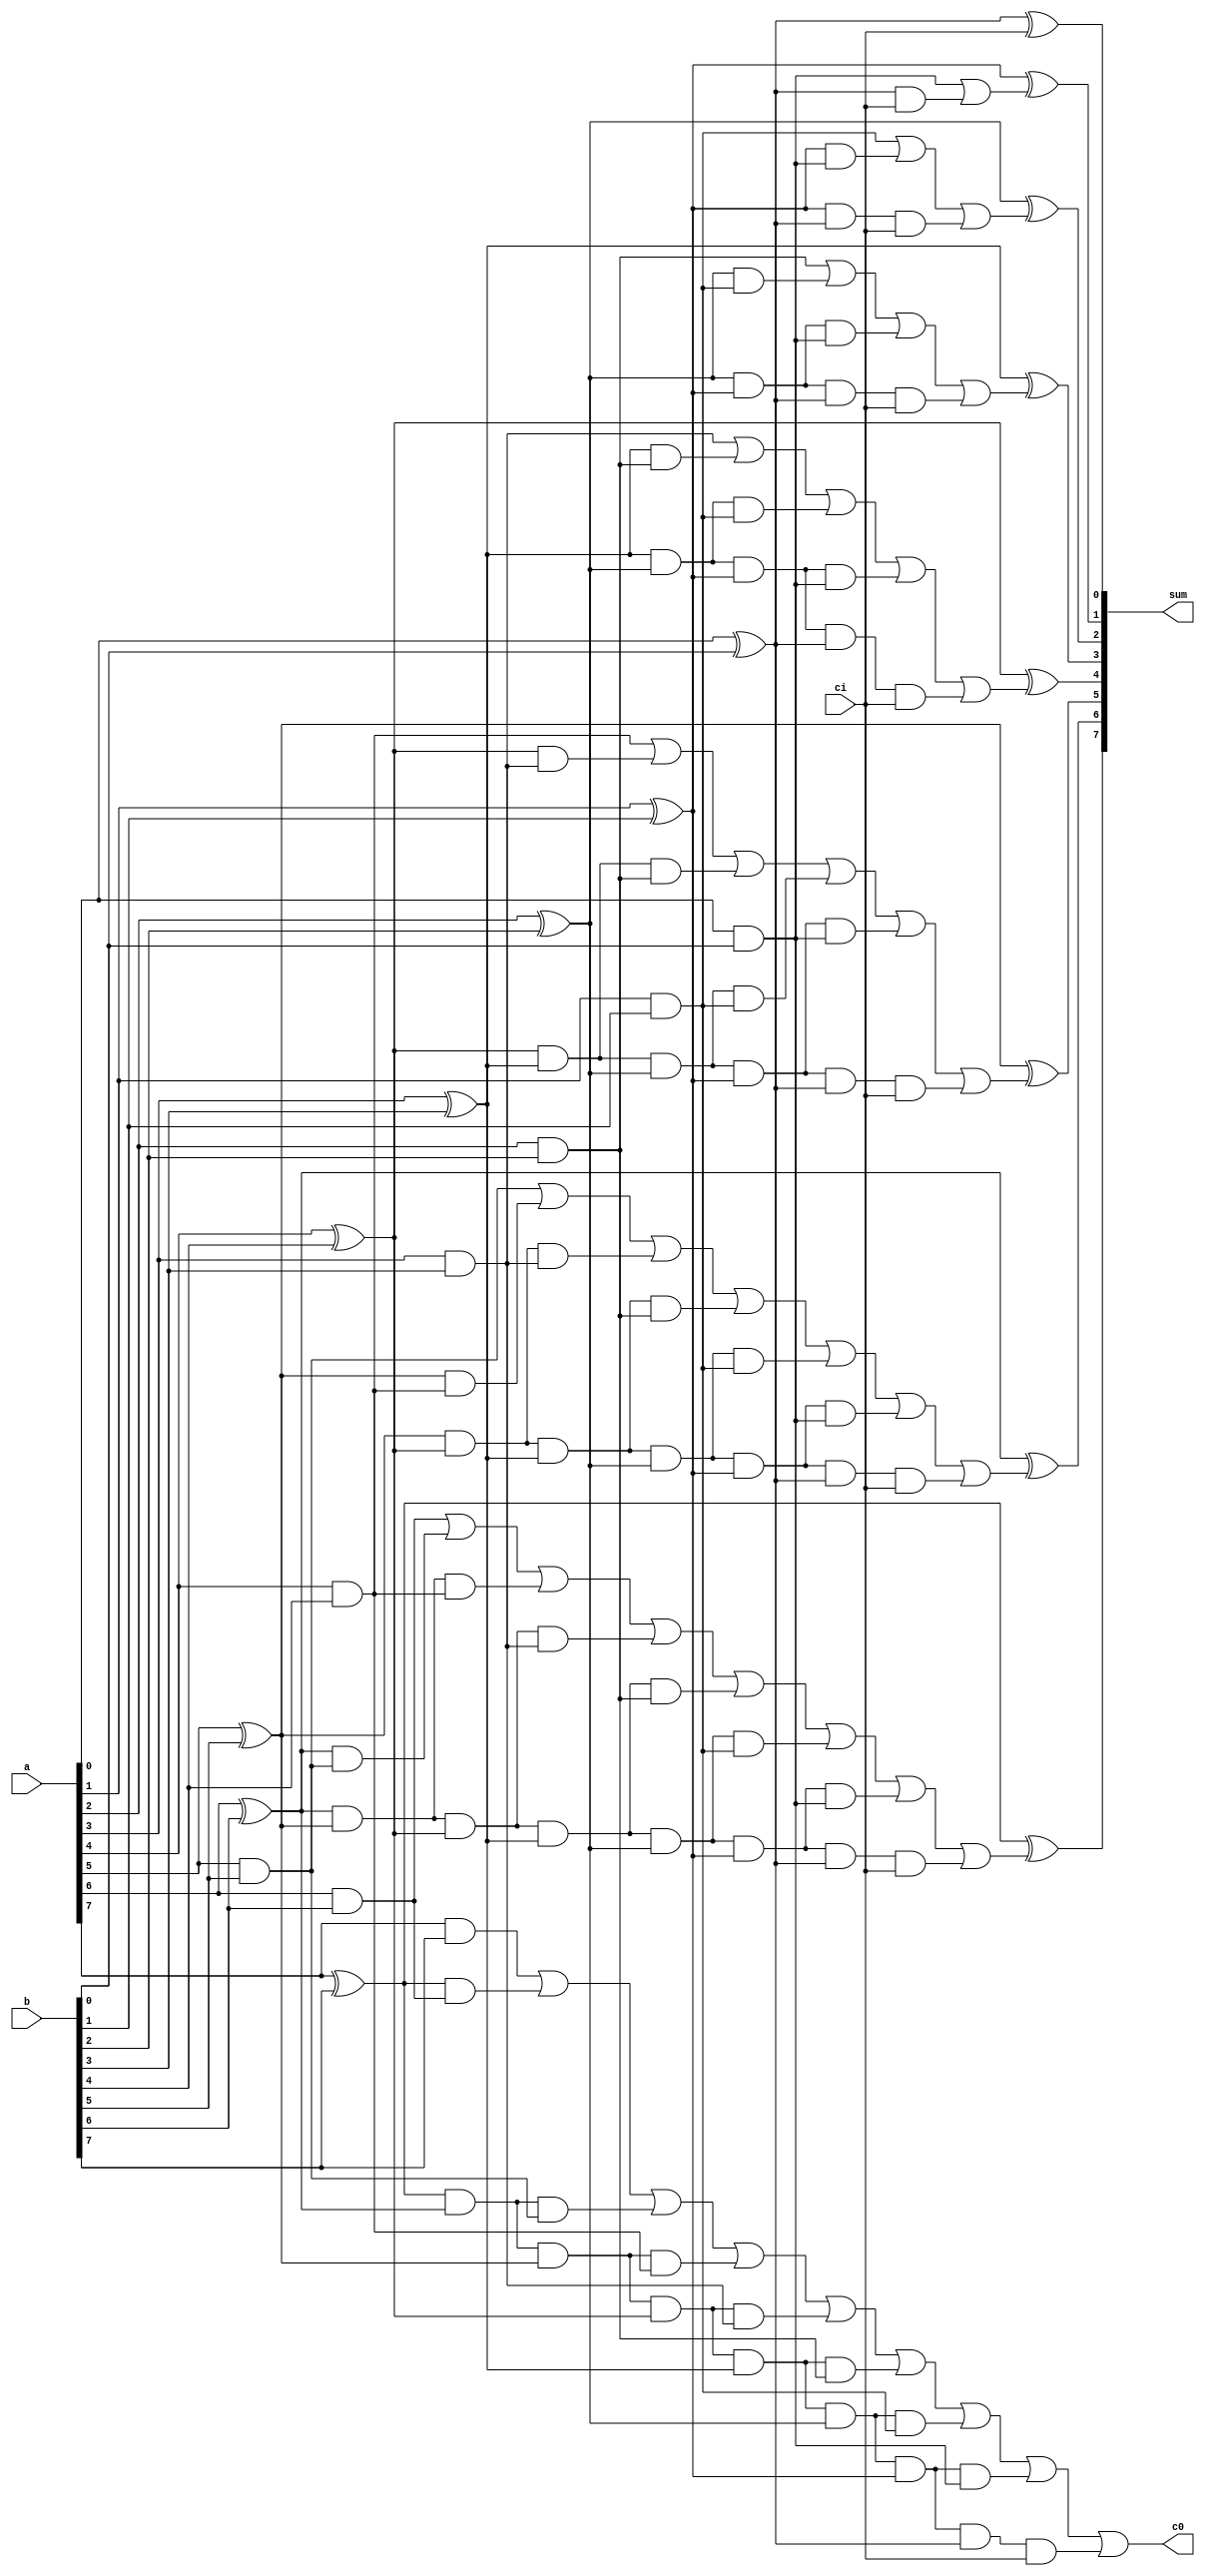
module adder_8_bit(a,b,ci,sum,c0);
input [7:0]a,b;
input ci;
output[7:0]sum;
output c0;
wire p0,p1,p2,p3,p4,p5,p6,p7,g0,g1,g2,g3,g4,g5,g6,g7;
wire c1,c2,c3,c4,c5,c6,c7,c8;
assign 
p0=a[0]^b[0],
p1=a[1]^b[1],
p2=a[2]^b[2],
p3=a[3]^b[3],
p4=a[4]^b[4],
p5=a[5]^b[5],
p6=a[6]^b[6],
p7=a[7]^b[7],
g0=a[0]&b[0],
g1=a[1]&b[1],
g2=a[2]&b[2],
g3=a[3]&b[3],
g4=a[4]&b[4],
g5=a[5]&b[5],
g6=a[6]&b[6],
g7=a[7]&b[7];
assign
c1=g0|(p0&ci),
c2=g1|(p1&g0)|(p1&p0&ci),
c3=g2|(p2&g1)|(p2&p1&g0)|(p2&p1&p0&ci),
c4=g3|(p3&g2)|(p3&p2&g1)|(p3&p2&p1&g0)|(p3&p2&p1&p0&ci),
c5=g4|(p4&g3)|(p4&p3&g2)|(p4&p3&p2&g1)|(p4&p3&p2&p1&g0)|(p4&p3&p2&p1&p0&ci),
c6=g5|(p5&g4)|(p5&p4&g3)|(p5&p4&p3&g2)|(p5&p4&p3&p2&g1)|(p5&p4&p3&p2&p1&g0)|(p5&p4&p3&p2&p1&p0&ci) ,
c7=g6|(p6&g5)|(p6&p5&g4)|(p6&p5&p4&g3)|(p6&p5&p4&p3&g2)|(p6&p5&p4&p3&p2&g1)|(p6&p5&p4&p3&p2&p1&g0)|( p6&p5&p4&p3&p2&p1&p0&ci),
c8=g7|(p7&g6)|(p7&p6&g5)|(p7&p6&p5&g4)|(p7&p6&p5&p4&g3)|(p7&p6&p5&p4&p3&g2)|(p7&p6&p5&p4&p3&p2&g1)|( p7&p6&p5&p4&p3&p2&p1&g0)|(p7&p6&p5&p4&p3&p2&p1&p0& ci);
assign
sum[0]=p0^ci,
sum[1]=p1^c1,
sum[2]=p2^c2,
sum[3]=p3^c3,
sum[4]=p4^c4,
sum[5]=p5^c5,
sum[6]=p6^c6,
sum[7]=p7^c7,
c0=c8;
endmodule